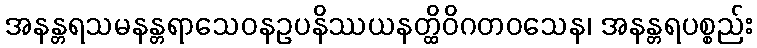
အနန္တရသမနန္တရာသေဝနဥပနိဿယနတ္ထိဝိဂတဝသေန၊ အနန္တရပစ္စည်း